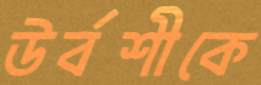
উর্বশীকে